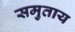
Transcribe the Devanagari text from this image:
समुताय